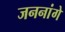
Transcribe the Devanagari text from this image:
जननांगे